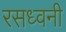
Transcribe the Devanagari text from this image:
रसध्वनी